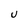
Character: U